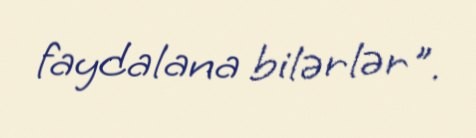
faydalana bilərlər".